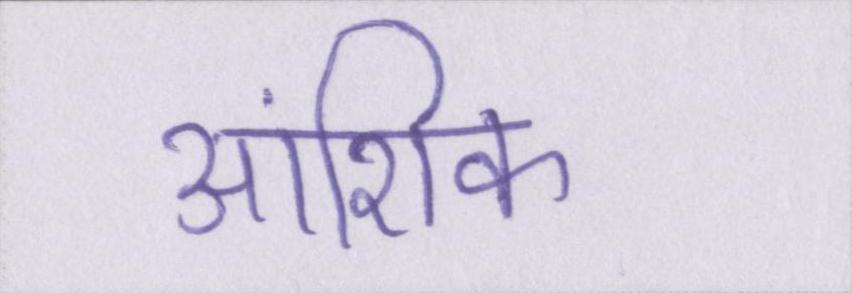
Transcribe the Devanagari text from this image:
आंशिक